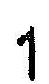
1